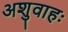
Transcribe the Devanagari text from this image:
अशुवाहः